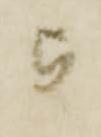
被